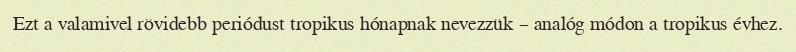
Ezt a valamivel rövidebb periódust tropikus hónapnak nevezzük – analóg módon a tropikus évhez.